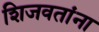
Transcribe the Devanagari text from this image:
शिजवतांना